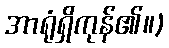
အာရုံရှိကုန်၏။)